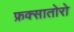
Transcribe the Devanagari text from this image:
फ्रक्सातोरो